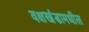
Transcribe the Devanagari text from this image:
वक्षखंडामधील